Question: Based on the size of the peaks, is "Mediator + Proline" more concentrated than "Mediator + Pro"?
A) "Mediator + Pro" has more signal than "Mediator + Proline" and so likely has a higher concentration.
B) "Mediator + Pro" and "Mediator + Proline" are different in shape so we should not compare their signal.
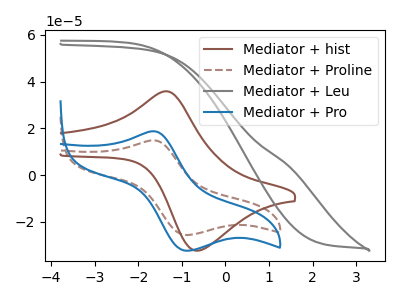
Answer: <think>The brown curve "Mediator + hist" has an anodic peak at (-1.40V, 35.85uA) and a cathodic peak at (-0.65V, -32.30uA). The brown dashed curve "Mediator + Proline" has an anodic peak at (-1.65V, 14.90uA) and a cathodic peak at (-0.85V, -25.65uA). The gray curve "Mediator + Leu" has no peaks. The blue curve "Mediator + Pro" has an anodic peak at (-1.65V, 18.80uA) and a cathodic peak at (-0.85V, -32.35uA).
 All the peaks in "Mediator + Pro" have a peak in "Mediator + Proline" at the same potential. Every peak in "Mediator + Pro" is higher than every peak in "Mediator + Proline".</think>
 <answer>A) "Mediator + Pro" has more signal than "Mediator + Proline" and so likely has a higher concentration.</answer>
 <eval>A</eval>